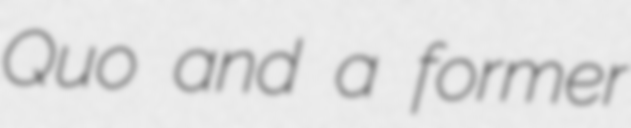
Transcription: Quo and a former